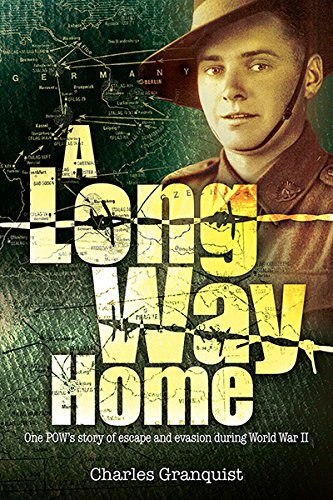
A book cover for Long Way Home: One POW's Journey of Escape and Evasion; Charles Granquist; History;